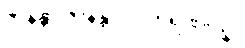
ဇာနန္တာ ဇာနန္တ ပါပကရဏပဥှ။